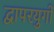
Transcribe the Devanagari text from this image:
द्वापरयुगों